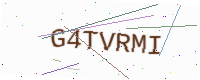
Text: G4TVRMI